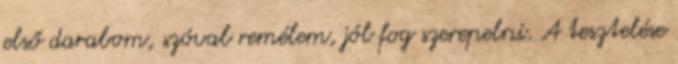
első darabom, szóval remélem, jól fog szerepelni. A tesztelése